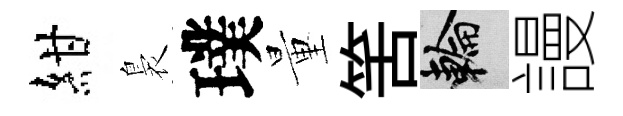
紺裊璞量筈輪謾